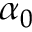
\alpha _ { 0 }